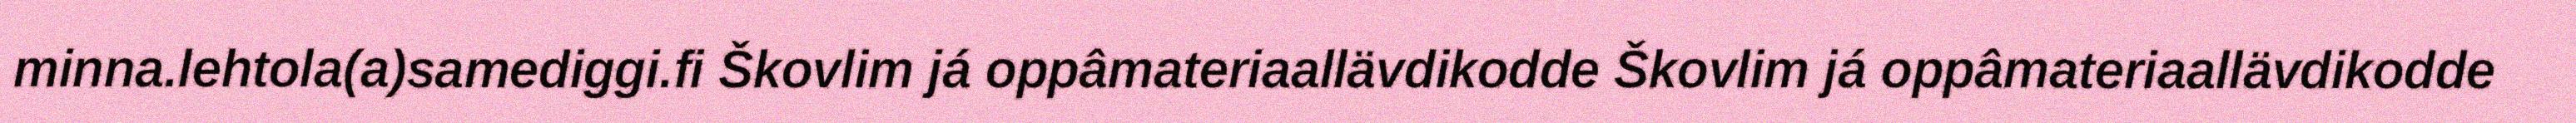
minna.lehtola(a)samediggi.fi Škovlim já oppâmateriaallävdikodde Škovlim já oppâmateriaallävdikodde